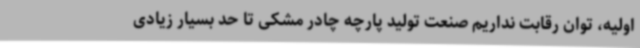
اولیه، توان رقابت نداریم صنعت تولید پارچه چادر‌ مشکی تا حد بسیار زیادی